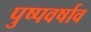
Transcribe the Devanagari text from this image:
पुष्पवर्षाव